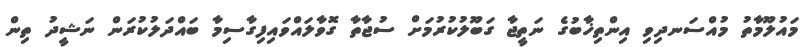
މައުލޫމާތު މުއްސަނދިވި އިންތިޚާބުގެ ނަތީޖާ ގަބޫލުކުރުމަށް ސުޖާތާ ގޮވާލައްވައިފިގާސިމާ ބައްދަލުކުރަން ނަޝީދު ތިން